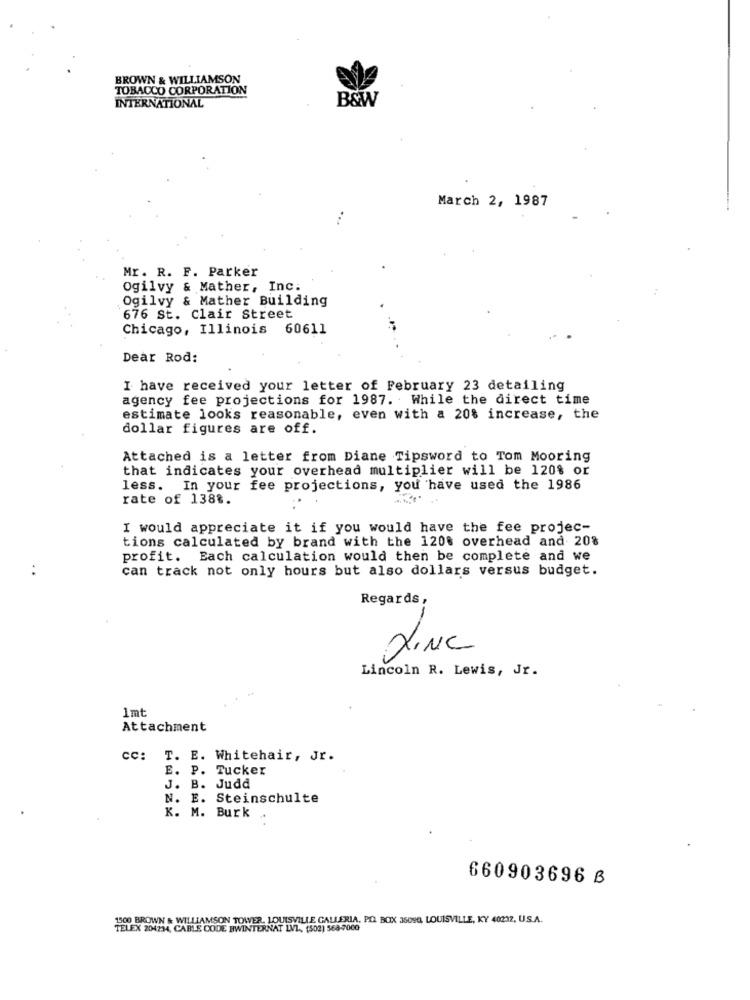
BROWN & WILLIAMSON
TOBACCO CORPORATION
INTERNATIONAL
B&W
March 2, 1987
Mr. R. F. Parker
Ogilvy & Mather, Inc.
Ogilvy & Mather Building
676 St. Clair Street
Chicago, Illinois 60611
Dear Rod:
I have received your letter of February 23 detailing
agency fee projections for 1987. While the direct time
estimate looks reasonable, even with a 20% increase, the
dollar figures are off.
Attached is a letter from Diane Tipsword to Tom Mooring
that indicates your overhead multiplier will be 120% or
less. In your fee projections, you have used the 1986
rate of 138%.
I would appreciate it if you would have the fee projec-
tions calculated by brand with the 120% overhead and 20%
profit. Each calculation would then be complete and we
can track not only hours but also dollars versus budget.
Regards,
LINC
Lincoln R. Lewis, Jr.
1mt
Attachment
CC: T. E. Whitehair, Jr.
E. P. Tucker
J. B. Judd
N. E. Steinschulte
K. M. Burk
660903696 B
100 BROWN & WILLIAMSON TOWER. LOUISVILLE GALLERIA, PO. BOX 35094, LOUISVILLE, KY 40232, U.S.A.
TELEX 204234, CABLE CODE BWINTERNAT LVL, (502) 568-7000